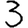
Digit: 3